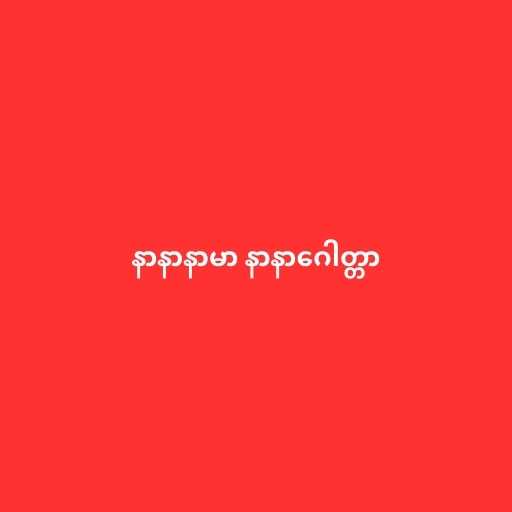
နာနာနာမာ နာနာဂေါတ္တာ